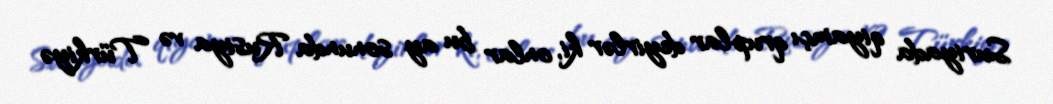
Suriyada qiyamçı qruplar deyirlər ki, onlar bu ay sonunda Rusiya və Türkiyə